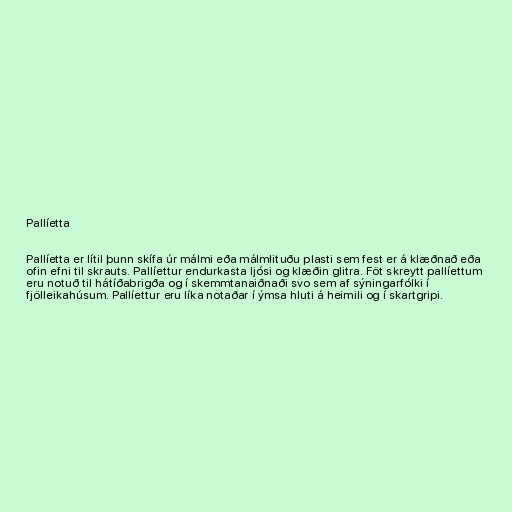
Pallíetta

Pallíetta er lítil þunn skífa úr málmi eða málmlituðu plasti sem fest er á klæðnað eða
ofin efni til skrauts. Pallíettur endurkasta ljósi og klæðin glitra. Föt skreytt pallíettum
eru notuð til hátíðabrigða og í skemmtanaiðnaði svo sem af sýningarfólki í
fjölleikahúsum. Pallíettur eru líka notaðar í ýmsa hluti á heimili og í skartgripi.